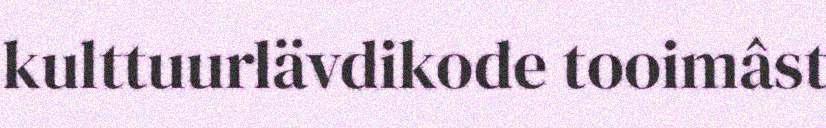
kulttuurlävdikode tooimâst